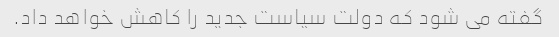
گفته می شود که دولت سیاست جدید را کاهش خواهد داد.